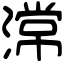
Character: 𣻸